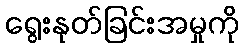
ရွေးနုတ်ခြင်းအမှုကို